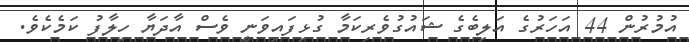
އުމުރުން 44 އަހަރުގެ އަލިބެގެ ޝައުގުވެރިކަމާ ގުޅިފައިވަނީ ވެސް އާދަޔާ ހިލާފު ކަމެކެވެ.